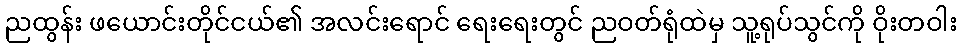
ညထွန်း ဖယောင်းတိုင်ငယ်၏ အလင်းရောင် ရေးရေးတွင် ညဝတ်ရုံထဲမှ သူ့ရုပ်သွင်ကို ဝိုးတဝါး